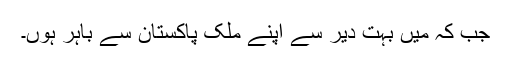
جب کہ میں بہت دیر سے اپنے ملک پاکستان سے باہر ہُوں۔